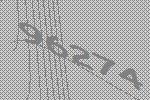
96274